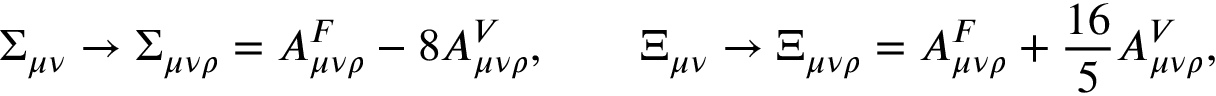
\Sigma _ { \mu \nu } \rightarrow \Sigma _ { \mu \nu \rho } = { \cal A } _ { \mu \nu \rho } ^ { F } - 8 { \cal A } _ { \mu \nu \rho } ^ { V } , \qquad \Xi _ { \mu \nu } \rightarrow \Xi _ { \mu \nu \rho } = { \cal A } _ { \mu \nu \rho } ^ { F } + { \frac { 1 6 } { 5 } } { \cal A } _ { \mu \nu \rho } ^ { V } ,